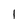
Character: 1